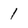
Character: 1